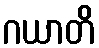
ဂယာတိ